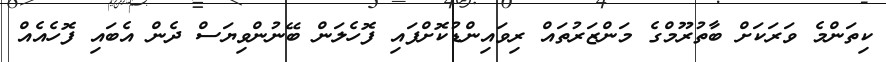
ކިތަންމެ ވަރަކަށް ބާތުރޫމްގެ މަންޒަރުތައް ރިވައިންޑުކޮށްފައި ފޮހެލަން ބޭނުންވިޔަސް ދެން އެބައި ފޮހެއެއް